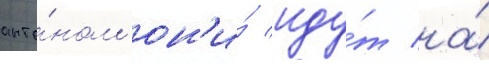
анто́ном он'и́ иду́т на́